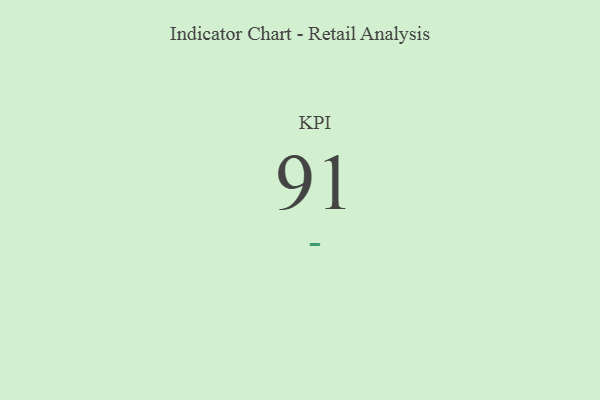
{"axis": {"x": "KPI", "y": "Value"}, "legend": [""], "data": [{"x": "KPI", "y": 91, "type": ""}]}